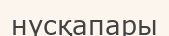
нүсқапары